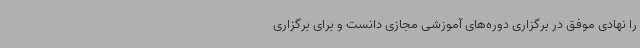
را نهادی موفق در برگزاری دوره‌های آموزشی مجازی دانست و برای برگزاری